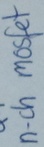
Text: n-chmosfet